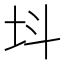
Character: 㘰